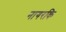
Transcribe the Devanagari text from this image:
नागरकि